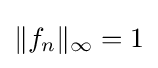
\|f_{n}\|_{\infty }=1